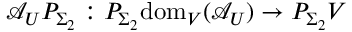
\mathcal { A } _ { U } P _ { \Sigma _ { 2 } } : P _ { \Sigma _ { 2 } } \mathrm { d o m } _ { V } ( \mathcal { A } _ { U } ) \to P _ { \Sigma _ { 2 } } V